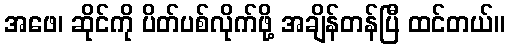
အဖေ၊ ဆိုင်ကို ပိတ်ပစ်လိုက်ဖို့ အချိန်တန်ပြီ ထင်တယ်။